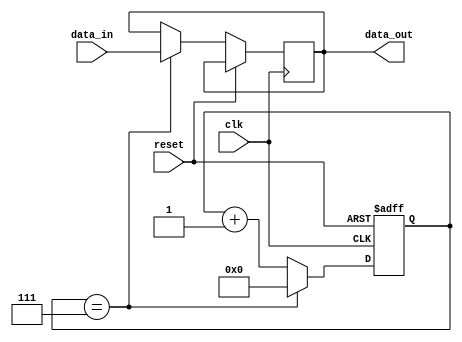
module Ethernet_controller (
    input wire clk,
    input wire reset,
    input wire data_in,
    output reg data_out
);

// Timing control unit
reg [7:0] count;
always @(posedge clk or posedge reset) begin
    if (reset) begin
        count <= 8'd0;
    end else begin
        if (count == 8'd7) begin
           count <= 8'd0;
           data_out <= data_in;
        end else begin
           count <= count + 1;
        end
    end
end

// Synchronization block
reg [1:0] sync;
always @(posedge clk or posedge reset) begin
    if (reset) begin
        sync <= 2'b00;
    end else begin
        if (sync == 2'b01) begin
            sync <= 2'b10;
            // communication logic here
        end else begin
            sync <= sync + 1;
        end
    end
end

// Error detection and correction mechanism
// Add your code for error detection and correction here

endmodule